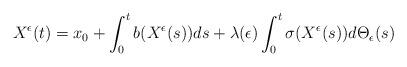
LaTeX: \begin{align*}\begin{aligned}X^{\epsilon}(t)&=x_{0}+\int^{t}_{0}b(X^{\epsilon}(s))ds+\lambda(\epsilon)\int^{t}_{0}\sigma(X^{\epsilon}(s))d\Theta_{\epsilon}(s)\end{aligned}\end{align*}